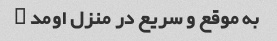
به موقع و سریع در منزل اومد …